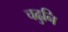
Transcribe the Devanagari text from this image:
चढुनि